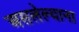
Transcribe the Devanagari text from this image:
असलेल्याना